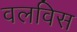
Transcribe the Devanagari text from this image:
वलविस